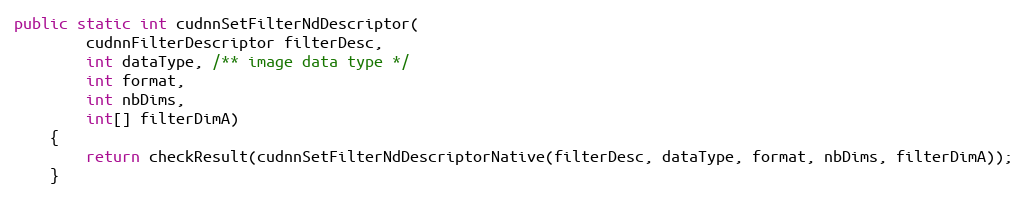
Language: Java
public static int cudnnSetFilterNdDescriptor(
        cudnnFilterDescriptor filterDesc,
        int dataType, /** image data type */
        int format,
        int nbDims,
        int[] filterDimA)
    {
        return checkResult(cudnnSetFilterNdDescriptorNative(filterDesc, dataType, format, nbDims, filterDimA));
    }